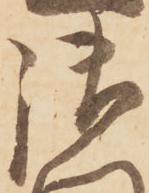
御